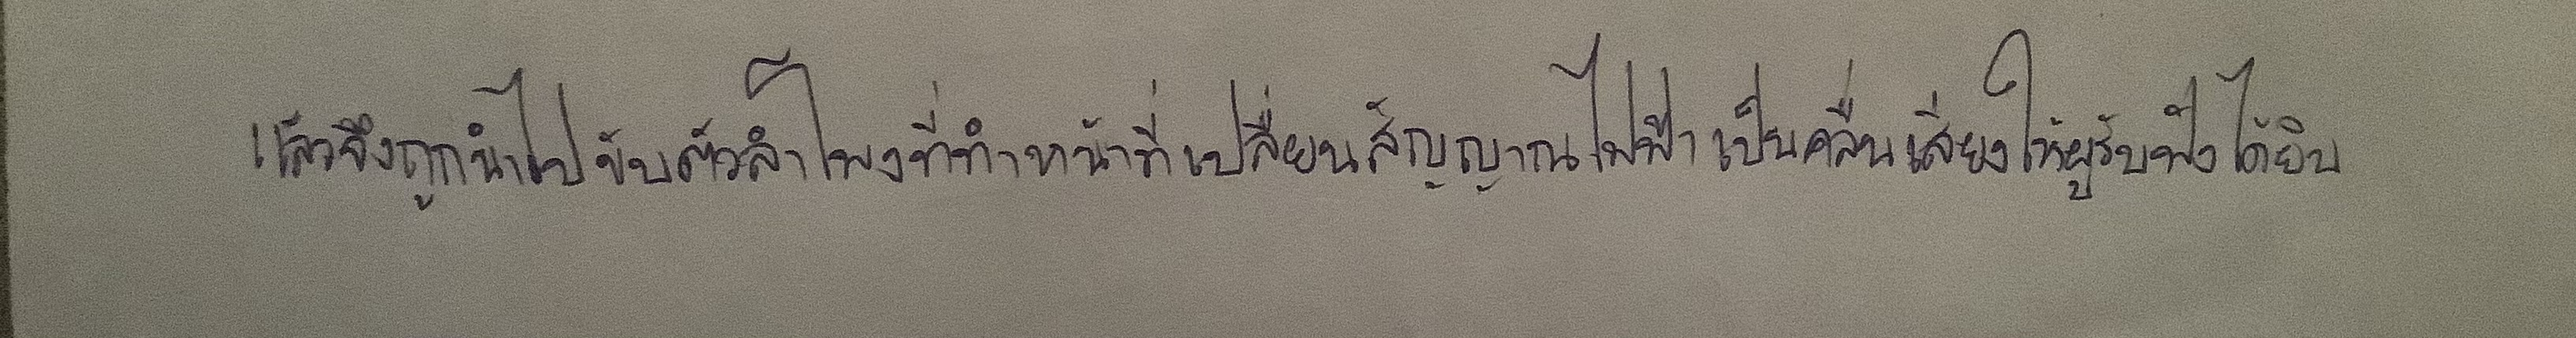
แล้วจึงถูกนำไปขับตัวลำโพงที่ทำหน้าที่เปลี่ยนสัญญาณไฟฟ้าเป็นคลื่นเสียงให้ผู้รับฟังได้ยิน